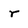
Character: r